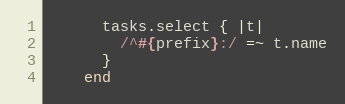
Language: Ruby
      tasks.select { |t|
        /^#{prefix}:/ =~ t.name
      }
    end